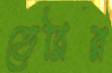
তেরির